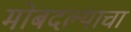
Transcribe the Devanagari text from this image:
मोबदल्याचा